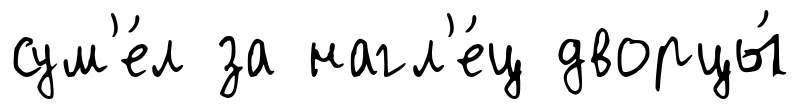
сум'е́л за нагл'е́ц дворцы́